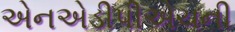
એનએડીપીએચની